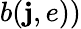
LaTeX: b(\mathbf{j},e))